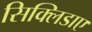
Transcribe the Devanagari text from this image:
सिक्लिडाए